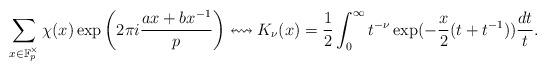
LaTeX: \begin{align*}\sum_{x\in \mathbb{F}_p^{\times}} \chi(x) \exp\left( 2\pi i \frac{ax+bx^{-1}}{p} \right) \leftrightsquigarrow K_{\nu}(x) = \frac{1}{2}\int_{0}^{\infty} t^{-\nu}\exp(-\frac{x}{2}(t+t^{-1}))\frac{dt}{t}. \end{align*}